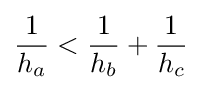
{\frac {1}{h_{a}}}<{\frac {1}{h_{b}}}+{\frac {1}{h_{c}}}